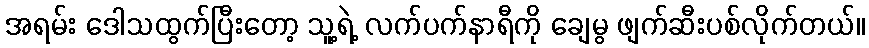
အရမ်း ဒေါသထွက်ပြီးတော့ သူ့ရဲ့ လက်ပက်နာရီကို ချေမွ ဖျက်ဆီးပစ်လိုက်တယ်။